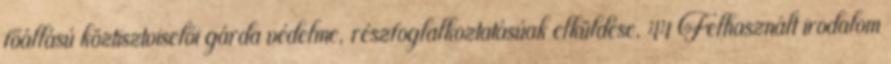
főállású köztisztviselői gárda védelme, részfoglalkoztatásúak elküldése. 44 Felhasznált irodalom